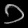
Digit: ၁